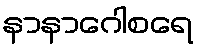
နာနာဂေါစရေ